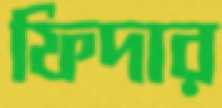
ফিদার